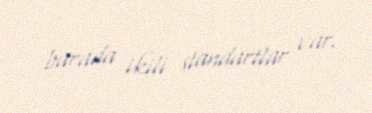
burada ikili standartlar var.